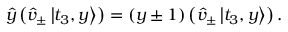
\begin{array} { r } { \hat { y } \left( \hat { v } _ { \pm } \left| t _ { 3 } , y \right\rangle \right) = ( y \pm 1 ) \left( \hat { v } _ { \pm } \left| t _ { 3 } , y \right\rangle \right) . } \end{array}